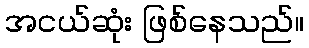
အငယ်ဆုံး ဖြစ်နေသည်။